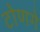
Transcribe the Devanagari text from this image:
टोणगे